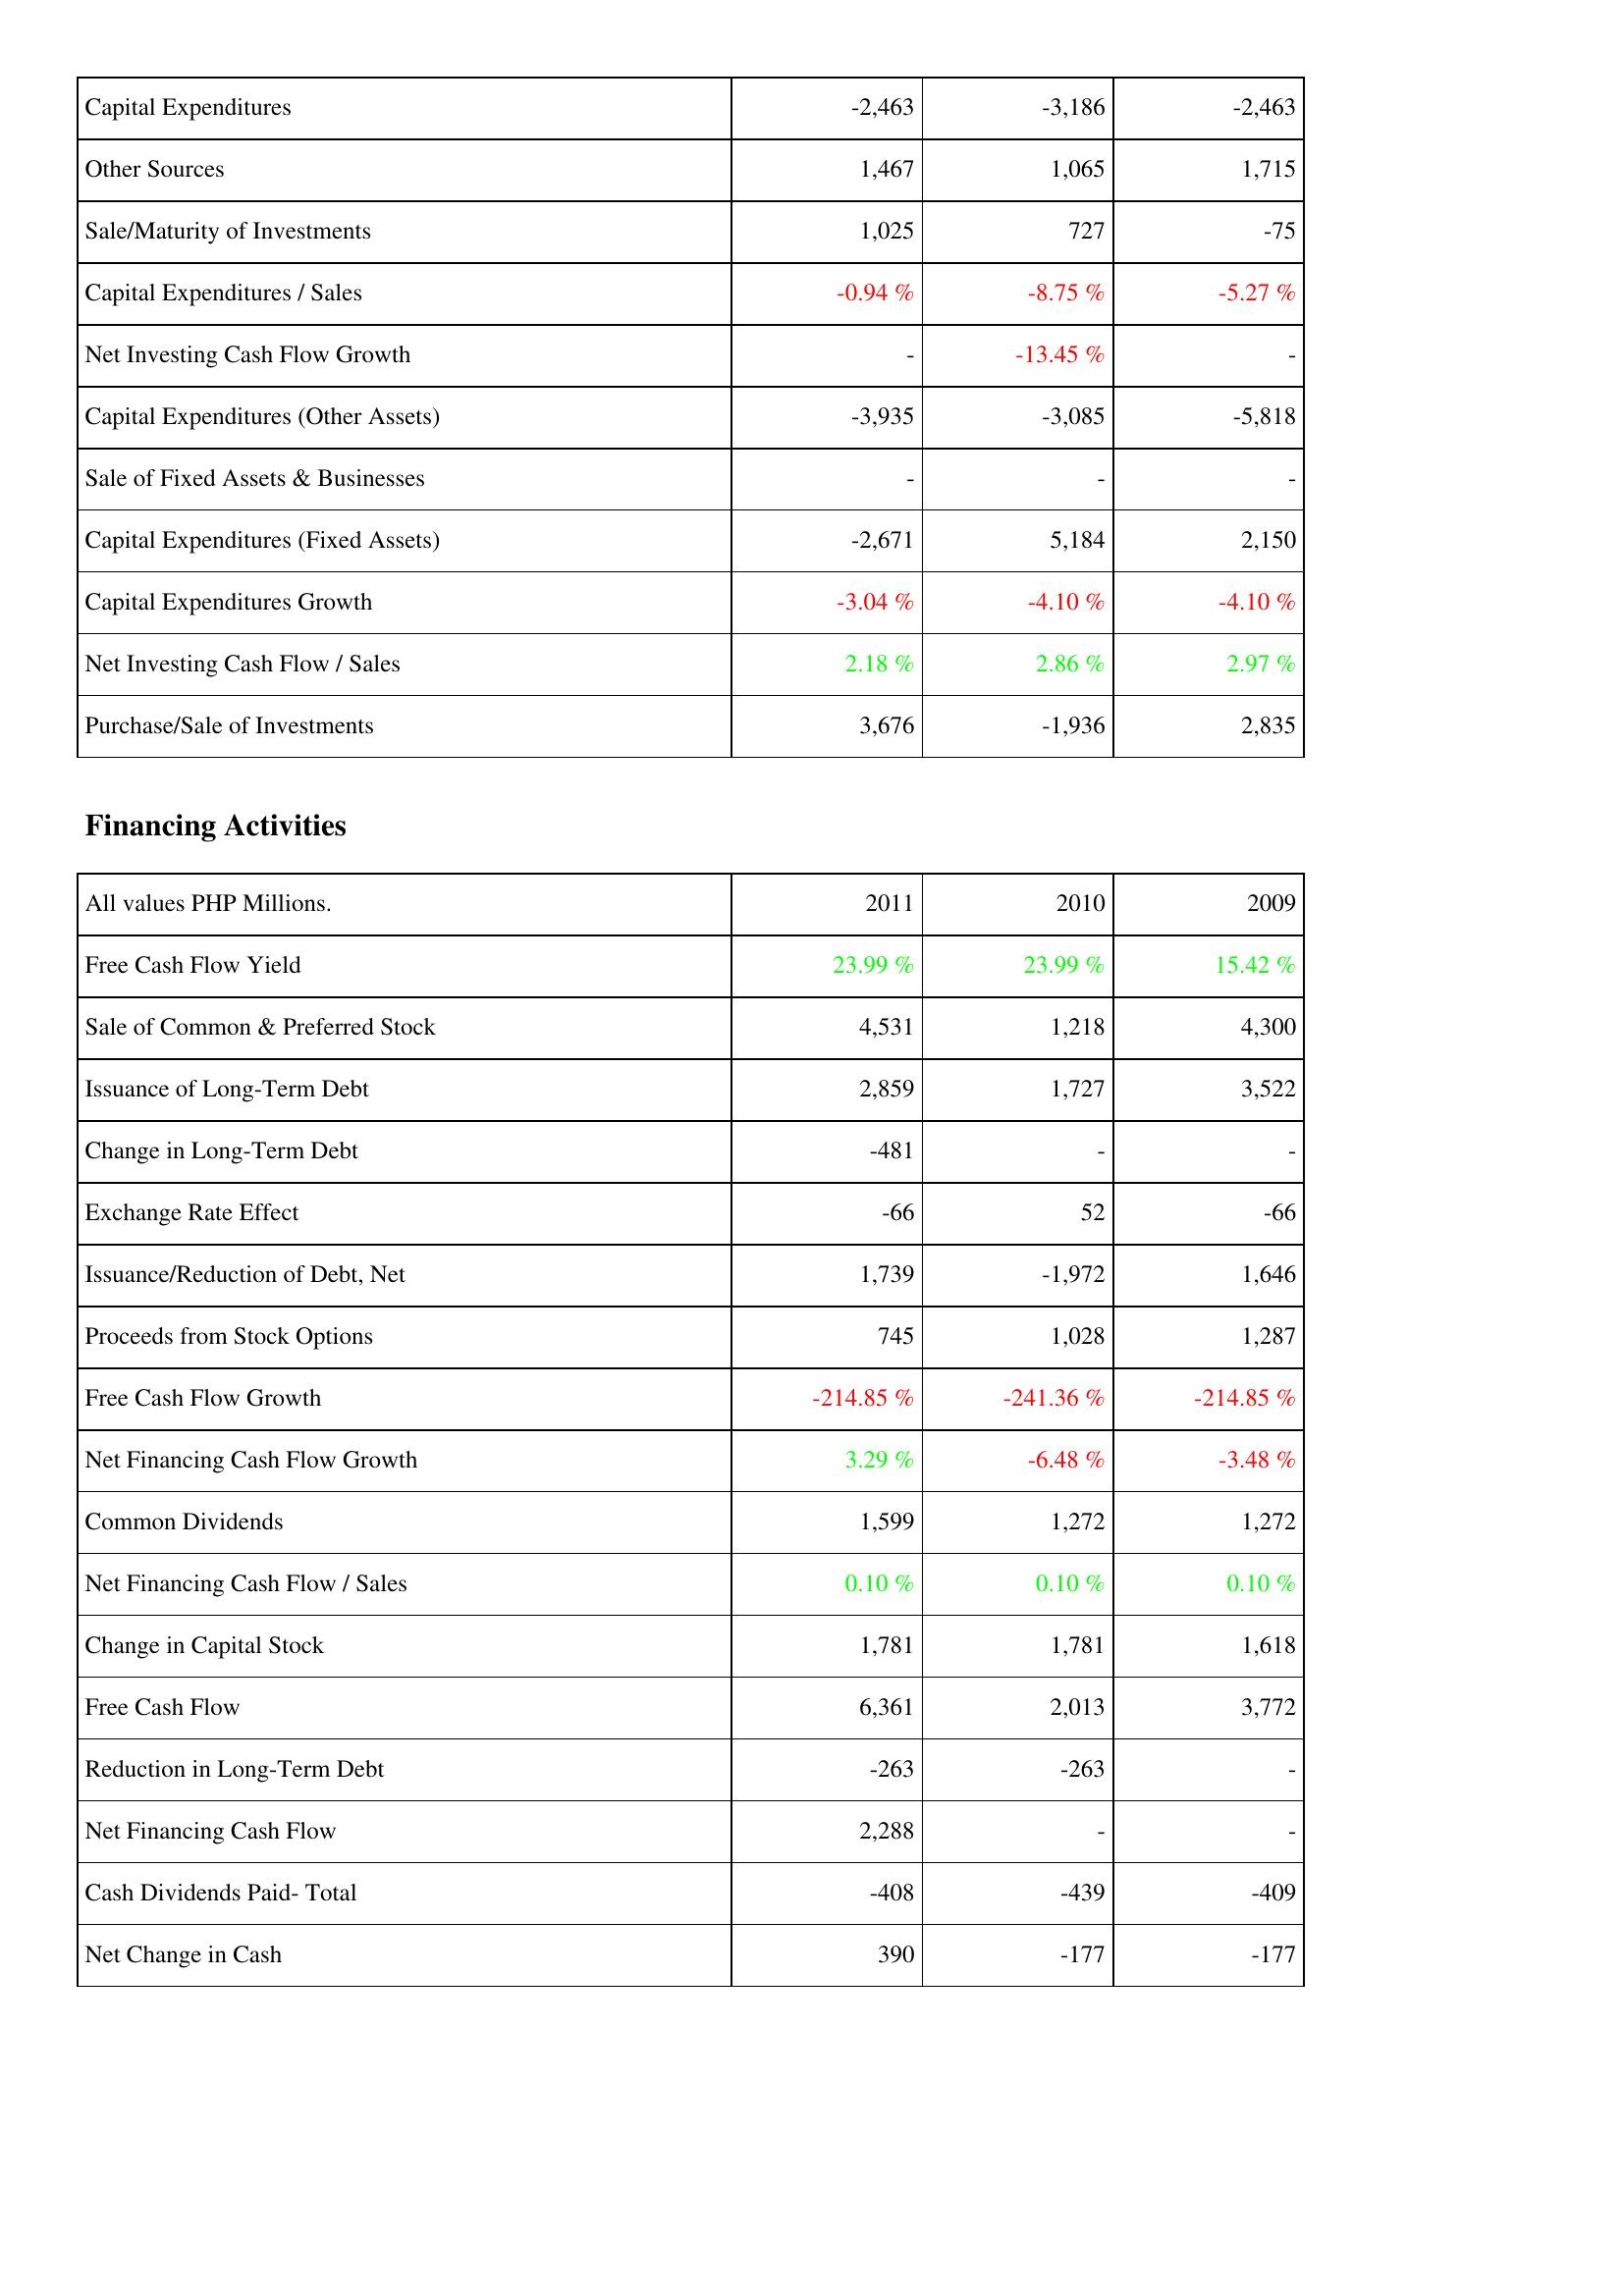
2011: Investing Activities: Capital Expenditures: -2,463
Other Sources: 1,467
Sale/Maturity of Investments: 1,025
Capital Expenditures / Sales: -0.94 %
Net Investing Cash Flow Growth: -
Capital Expenditures (Other Assets): -3,935
Sale of Fixed Assets & Businesses: -
Capital Expenditures (Fixed Assets): -2,671
Capital Expenditures Growth: -3.04 %
Net Investing Cash Flow / Sales: 2.18 %
Purchase/Sale of Investments: 3,676
Financing Activities: Free Cash Flow Yield: 23.99 %
Sale of Common & Preferred Stock: 4,531
Issuance of Long-Term Debt: 2,859
Change in Long-Term Debt: -481
Exchange Rate Effect: -66
Issuance/Reduction of Debt, Net: 1,739
Proceeds from Stock Options: 745
Free Cash Flow Growth: -214.85 %
Net Financing Cash Flow Growth: 3.29 %
Common Dividends: 1,599
Net Financing Cash Flow / Sales: 0.10 %
Change in Capital Stock: 1,781
Free Cash Flow: 6,361
Reduction in Long-Term Debt: -263
Net Financing Cash Flow: 2,288
Cash Dividends Paid- Total: -408
Net Change in Cash: 390
2010: Investing Activities: Capital Expenditures: -3,186
Other Sources: 1,065
Sale/Maturity of Investments: 727
Capital Expenditures / Sales: -8.75 %
Net Investing Cash Flow Growth: -13.45 %
Capital Expenditures (Other Assets): -3,085
Sale of Fixed Assets & Businesses: -
Capital Expenditures (Fixed Assets): 5,184
Capital Expenditures Growth: -4.10 %
Net Investing Cash Flow / Sales: 2.86 %
Purchase/Sale of Investments: -1,936
Financing Activities: Free Cash Flow Yield: 23.99 %
Sale of Common & Preferred Stock: 1,218
Issuance of Long-Term Debt: 1,727
Change in Long-Term Debt: -
Exchange Rate Effect: 52
Issuance/Reduction of Debt, Net: -1,972
Proceeds from Stock Options: 1,028
Free Cash Flow Growth: -241.36 %
Net Financing Cash Flow Growth: -6.48 %
Common Dividends: 1,272
Net Financing Cash Flow / Sales: 0.10 %
Change in Capital Stock: 1,781
Free Cash Flow: 2,013
Reduction in Long-Term Debt: -263
Net Financing Cash Flow: -
Cash Dividends Paid- Total: -439
Net Change in Cash: -177
2009: Investing Activities: Capital Expenditures: -2,463
Other Sources: 1,715
Sale/Maturity of Investments: -75
Capital Expenditures / Sales: -5.27 %
Net Investing Cash Flow Growth: -
Capital Expenditures (Other Assets): -5,818
Sale of Fixed Assets & Businesses: -
Capital Expenditures (Fixed Assets): 2,150
Capital Expenditures Growth: -4.10 %
Net Investing Cash Flow / Sales: 2.97 %
Purchase/Sale of Investments: 2,835
Financing Activities: Free Cash Flow Yield: 15.42 %
Sale of Common & Preferred Stock: 4,300
Issuance of Long-Term Debt: 3,522
Change in Long-Term Debt: -
Exchange Rate Effect: -66
Issuance/Reduction of Debt, Net: 1,646
Proceeds from Stock Options: 1,287
Free Cash Flow Growth: -214.85 %
Net Financing Cash Flow Growth: -3.48 %
Common Dividends: 1,272
Net Financing Cash Flow / Sales: 0.10 %
Change in Capital Stock: 1,618
Free Cash Flow: 3,772
Reduction in Long-Term Debt: -
Net Financing Cash Flow: -
Cash Dividends Paid- Total: -409
Net Change in Cash: -177